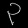
Digit: ၃